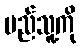
မည်သူ့ကို